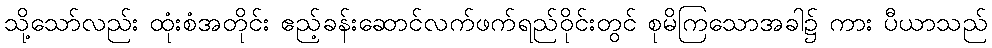
သို့သော်လည်း ထုံးစံအတိုင်း ဧည့်ခန်းဆောင်လက်ဖက်ရည်ဝိုင်းတွင် စုမိကြသောအခါ၌ ကား ပီယာသည်